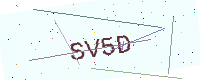
Text: SV5D